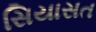
સિયાસત